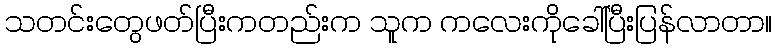
သတင်းတွေဖတ်ပြီးကတည်းက သူက ကလေးကိုခေါ်ပြီးပြန်လာတာ။